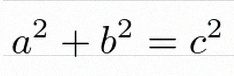
a^2+b^2=c^2